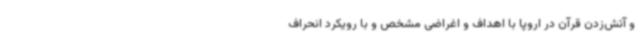
و آتش‌زدن قرآن در اروپا با اهداف و اغراضی مشخص و با رویکرد انحراف